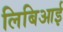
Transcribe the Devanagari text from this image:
लिबिआई